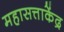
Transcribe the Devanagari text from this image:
महासत्ताकेंद्र